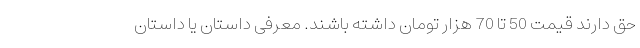
حق دارند قیمت 50 تا 70 هزار تومان داشته باشند. معرفی داستان یا داستانِ